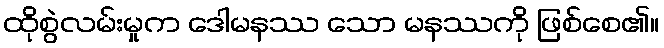
ထိုစွဲလမ်းမှုက ဒေါမနဿ သော မနဿကို ဖြစ်စေ၏။